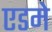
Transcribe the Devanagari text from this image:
एडमे